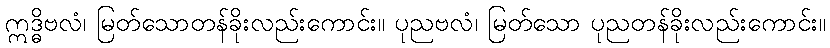
ဣဒ္ဓိဗလံ၊ မြတ်သောတန်ခိုးလည်းကောင်း။ ပုညဗလံ၊ မြတ်သော ပုညတန်ခိုးလည်းကောင်း။